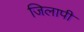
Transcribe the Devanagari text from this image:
जिलापी